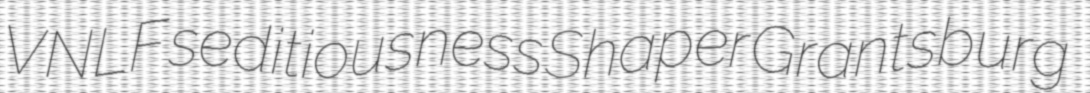
VNLF seditiousness Shaper Grantsburg